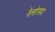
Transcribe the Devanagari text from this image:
रेलोअद